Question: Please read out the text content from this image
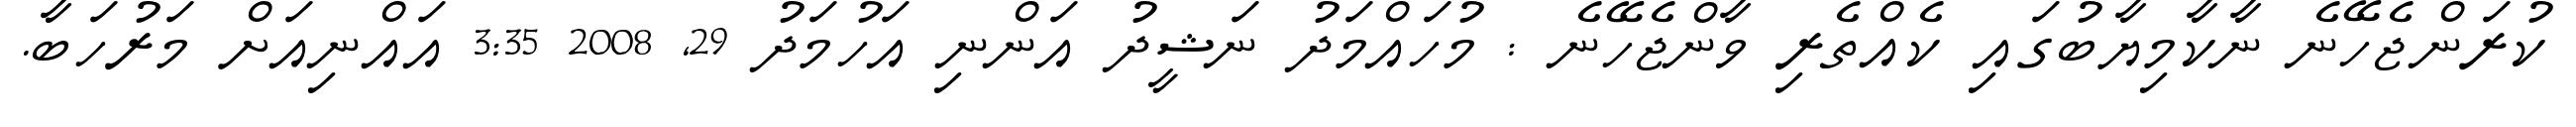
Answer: ކުރަންޖެހޭނެ ނާކާމިޔާބުގައި ކެއްތެރި ވާންޖެހޭނެ : މުހައްމަދު ނަޝީދު އަންނި އަހުމަދު 29, 2008 3:35 އައްނިއަށް މަރުހަބާ.